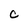
Character: C